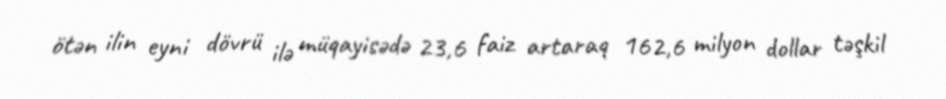
ötən ilin eyni dövrü ilə müqayisədə 23,6 faiz artaraq 162,6 milyon dollar təşkil